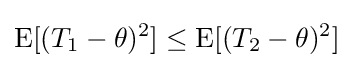
\operatorname {E} [(T_{1}-\theta )^{2}]\leq \operatorname {E} [(T_{2}-\theta )^{2}]